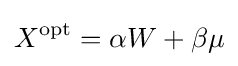
X^{\mathrm {opt} }=\alpha W+\beta \mu